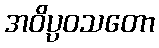
အဝိပ္ပဝသတော